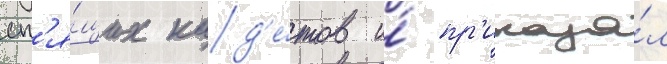
сп'я́щих кад'е́тов и́ пр'иказа́л